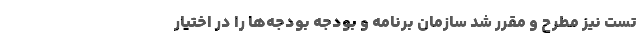
تست نیز مطرح و مقرر شد سازمان برنامه و بودجه بودجه‌ها را در اختیار